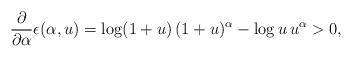
LaTeX: \begin{align*}\frac{\partial}{\partial\alpha} \epsilon(\alpha,u) = \log(1+u)\, (1+u)^{\alpha} - \log u \, u^{\alpha} >0,\end{align*}